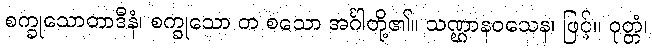
စက္ခုသောတာဒီနံ၊ စက္ခုသော တ စသော အင်္ဂါတို့၏။ သဏ္ဌာနဝသေန၊ ဖြင့်။ ဝုတ္တံ၊